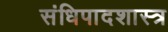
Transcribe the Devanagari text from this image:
संधिपादशास्त्र